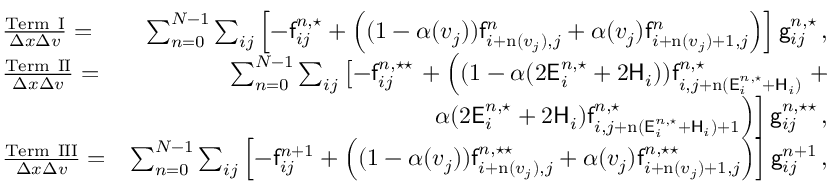
\begin{array} { r l r } & { \frac { \mathrm { T e r m ~ I } } { \Delta x \Delta v } = } & { \sum _ { n = 0 } ^ { N - 1 } \sum _ { i j } \left[ - \mathsf { f } _ { i j } ^ { n , \star } + \left( ( 1 - \alpha ( v _ { j } ) ) \mathsf { f } _ { i + \mathrm { n } ( v _ { j } ) , j } ^ { n } + \alpha ( v _ { j } ) \mathsf { f } _ { i + \mathrm { n } ( v _ { j } ) + 1 , j } ^ { n } \right) \right] \mathsf { g } _ { i j } ^ { n , \star } \, , } \\ & { \frac { \mathrm { T e r m ~ I I } } { \Delta x \Delta v } = } & { \sum _ { n = 0 } ^ { N - 1 } \sum _ { i j } \left[ - \mathsf { f } _ { i j } ^ { n , \star \star } \right. + \left( ( 1 - \alpha ( 2 \mathsf { E } _ { i } ^ { n , \star } + 2 \mathsf { H } _ { i } ) ) \mathsf { f } _ { i , j + \mathrm { n } ( \mathsf { E } _ { i } ^ { n , \star } + \mathsf { H } _ { i } ) } ^ { n , \star } \right. + } \\ & { } & { \left. \left. \alpha ( 2 \mathsf { E } _ { i } ^ { n , \star } + 2 \mathsf { H } _ { i } ) \mathsf { f } _ { i , j + \mathrm { n } ( \mathsf { E } _ { i } ^ { n , \star } + \mathsf { H } _ { i } ) + 1 } ^ { n , \star } \right) \right] \mathsf { g } _ { i j } ^ { n , \star \star } \, , } \\ & { \frac { \mathrm { T e r m ~ I I I } } { \Delta x \Delta v } = } & { \sum _ { n = 0 } ^ { N - 1 } \sum _ { i j } \left[ - \mathsf { f } _ { i j } ^ { n + 1 } + \left( ( 1 - \alpha ( v _ { j } ) ) \mathsf { f } _ { i + \mathrm { n } ( v _ { j } ) , j } ^ { n , \star \star } + \alpha ( v _ { j } ) \mathsf { f } _ { i + \mathrm { n } ( v _ { j } ) + 1 , j } ^ { n , \star \star } \right) \right] \mathsf { g } _ { i j } ^ { n + 1 } \, , } \end{array}